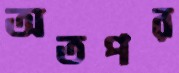
অতপর